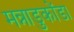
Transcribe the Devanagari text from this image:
मन्नाडुकोंडा